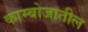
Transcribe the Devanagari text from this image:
काम्बोजातील